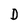
Character: D